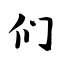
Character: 们